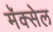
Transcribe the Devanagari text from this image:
मॅक्‍सेल